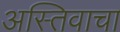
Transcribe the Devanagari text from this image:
अस्तिवाचा